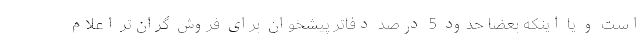
است و یا اینکه بعضا حدود 5 درصد دفاتر پیشخوان برای فروش گران‌تر اعلام